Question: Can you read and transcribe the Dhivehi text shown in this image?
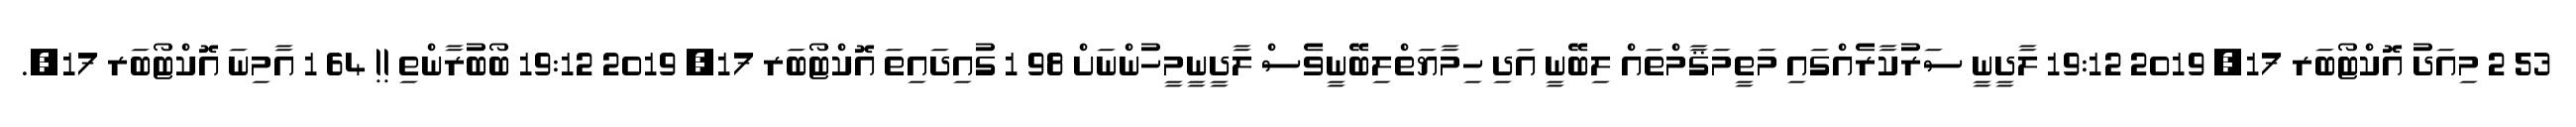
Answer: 53 2 މިއަދު އޮކްޓޯބަރ 17, 2019 19:12 ލާދީނީ ސަރުކާރެއްގައި މަތީމަޤާމްތައް ލިބޭނީ އަދި ހިމާޔަތްލިބޭނީވެސް ލާދީނީމީހުންނަށް 98 1 ގުއިދައިތަ އޮކްޓޯބަރ 17, 2019 19:12 ބޯބުރާންތި !! 64 1 އާމިނަ އޮކްޓޯބަރ 17,.